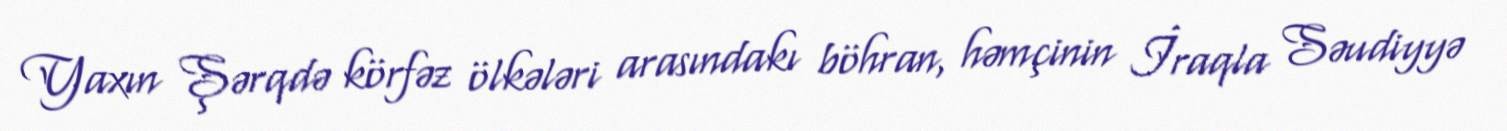
Yaxın Şərqdə körfəz ölkələri arasındakı böhran, həmçinin İraqla Səudiyyə